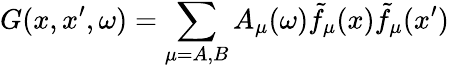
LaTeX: G(x,x^{\prime},\omega)=\sum_{\mu=A,B}A_{\mu}(\omega)\tilde{f}_{\mu}(x)\tilde{f}_{\mu}(x^{\prime})